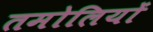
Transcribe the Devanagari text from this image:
तमोलियों